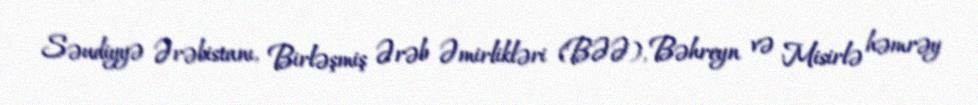
Səudiyyə Ərəbistanı, Birləşmiş Ərəb Əmirlikləri (BƏƏ), Bəhreyn və Misirlə həmrəy